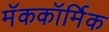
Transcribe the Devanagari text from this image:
मॅककॉर्मिक